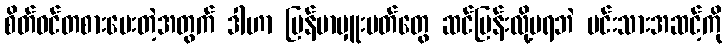
စိတ်ဝင်တစားမေးတဲ့အတွက် ဒါဟာ မြန်မာမှူးမတ်တွေ ဆင်မြန်းလို့မရဘဲ မင်းသားအဆင့်ကို